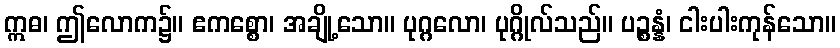
ဣဓ၊ ဤလောက၌။ ဧကစ္စော၊ အချို့သော။ ပုဂ္ဂလော၊ ပုဂ္ဂိုလ်သည်။ ပဉ္စန္နံ၊ ငါးပါးကုန်သော။